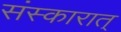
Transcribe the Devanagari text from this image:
संस्कारात्‌